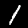
Label: 1